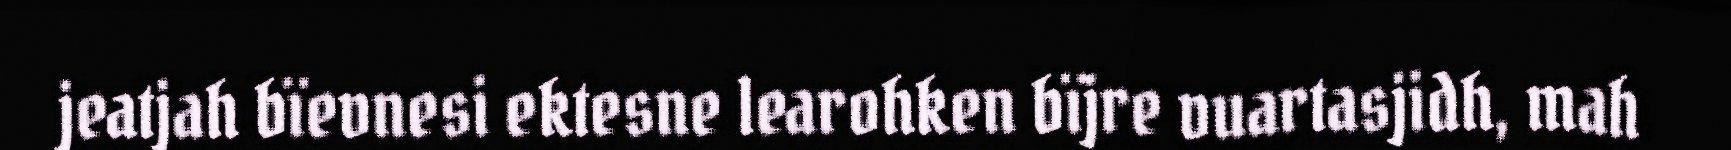
jeatjah bïevnesi ektesne learohken bïjre vuartasjidh, mah